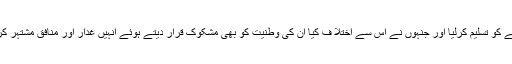
عوام کے ایک بڑے طبقے نے اس ریاستی بیانیے کو تسلیم کرلیا اور جنہوں نے اس سے اختلا ف کیا ان کی وطنیت کو بھی مشکوک قرار دیتے ہوئے انہیں غدار اور منافق مشتہر کرتے ہوئے ان سے بھی جلا وطنی کا مطالبہ کیا۔